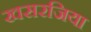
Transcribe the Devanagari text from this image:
खसरजिया